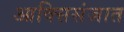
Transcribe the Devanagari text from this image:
आक्सिसंजात